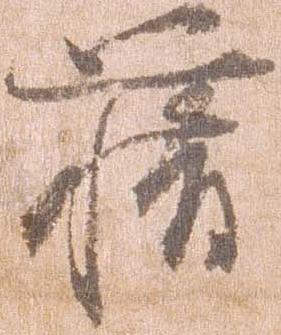
藉